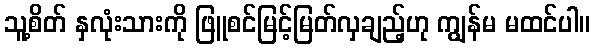
သူ့စိတ် နှလုံးသားကို ဖြူစင်မြင့်မြတ်လှချည့်ဟု ကျွန်မ မထင်ပါ။